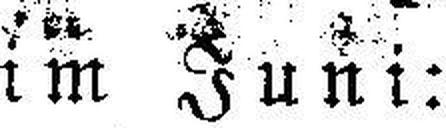
im Juni: